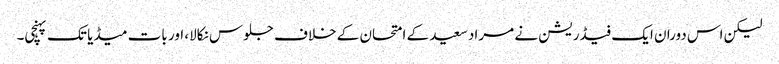
لیکن اس دوران ایک فیڈریشن نے مراد سعید کے امتحان کے خلاف جلوس نکالا، اور بات میڈیا تک پہنچی۔